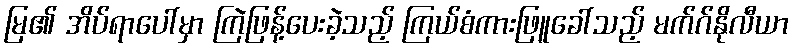
မြ၏ အိပ်ရာပေါ်မှာ ကြဲဖြန့်ပေးခဲ့သည့် ကြယ်စံကားဖြူခေါ်သည့် မက်ဂ်နိုလီယာ